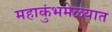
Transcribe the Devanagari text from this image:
महाकुंभमेळ्यात